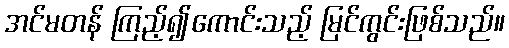
အင်မတန် ကြည့်၍ကောင်းသည့် မြင်ကွင်းဖြစ်သည်။